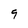
Character: 9